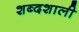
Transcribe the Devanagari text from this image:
शब्दशाली